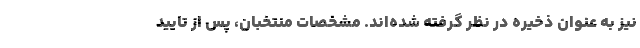
نیز به عنوان ذخیره در نظر گرفته شده‌اند. مشخصات منتخبان، پس از تایید